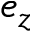
e _ { z }